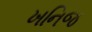
ખનિજ